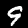
Digit: 9